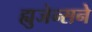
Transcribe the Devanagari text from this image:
ह्युजेन्सने